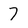
Character: 7